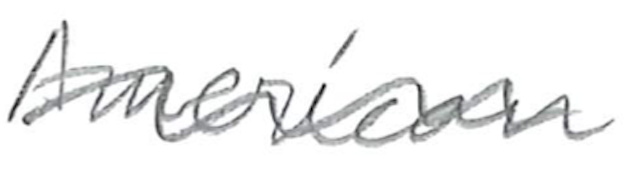
Text: American
Cross-out: wave
Writing tool: pencil